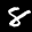
Label: 8